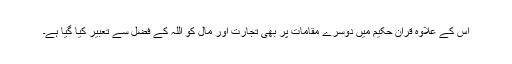
اس کے علاوہ قرآنِ حکیم میں دوسرے مقامات پر بھی تجارت اور مال کو اللہ کے فضل سے تعبیر کیا گیا ہے۔